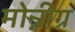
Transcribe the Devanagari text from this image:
मोन्नीग्र